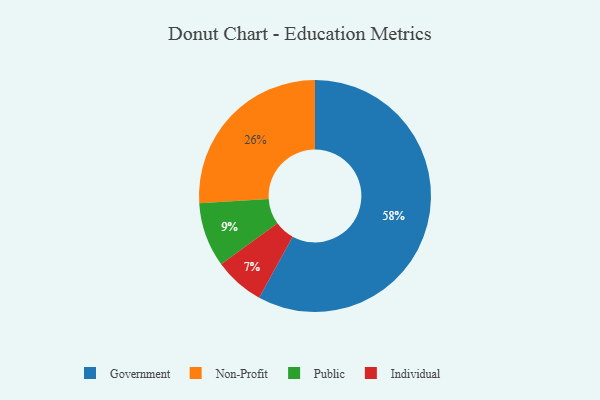
{"axis": {"x": "Category", "y": "Percentage"}, "legend": ["Government", "Individual", "Non-Profit", "Public"], "data": [{"x": "Public", "y": 9, "type": "Public"}, {"x": "Government", "y": 58, "type": "Government"}, {"x": "Non-Profit", "y": 26, "type": "Non-Profit"}, {"x": "Individual", "y": 7, "type": "Individual"}]}